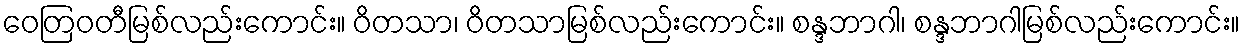
ဝေတြဝတီမြစ်လည်းကောင်း။ ဝိတသာ၊ ဝိတသာမြစ်လည်းကောင်း။ စန္ဒဘာဂါ၊ စန္ဒဘာဂါမြစ်လည်းကောင်း။